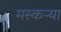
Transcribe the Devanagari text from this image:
मस्कऱ्या